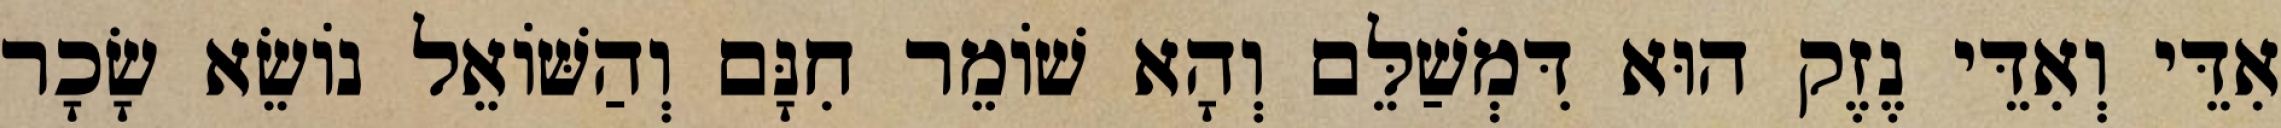
אִדֵּי וְאִדֵּי נֶזֶק הוּא דִּמְשַׁלֵּם וְהָא שׁוֹמֵר חִנָּם וְהַשּׁוֹאֵל נוֹשֵׂא שָׂכָר